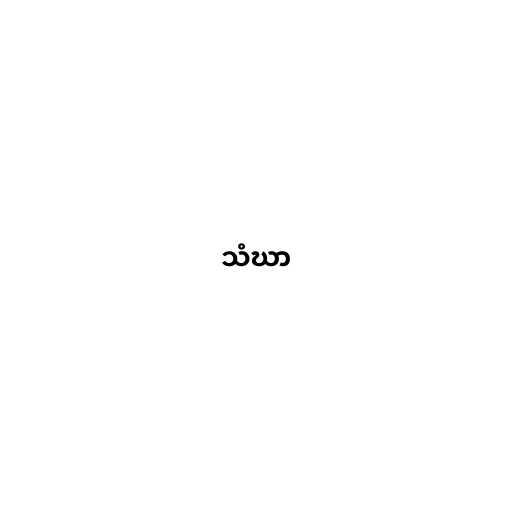
သံဃာ